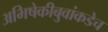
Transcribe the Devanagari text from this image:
अभिषेकीबुवांकडेच